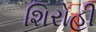
શિરોહી